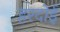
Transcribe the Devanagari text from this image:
हरदाेई